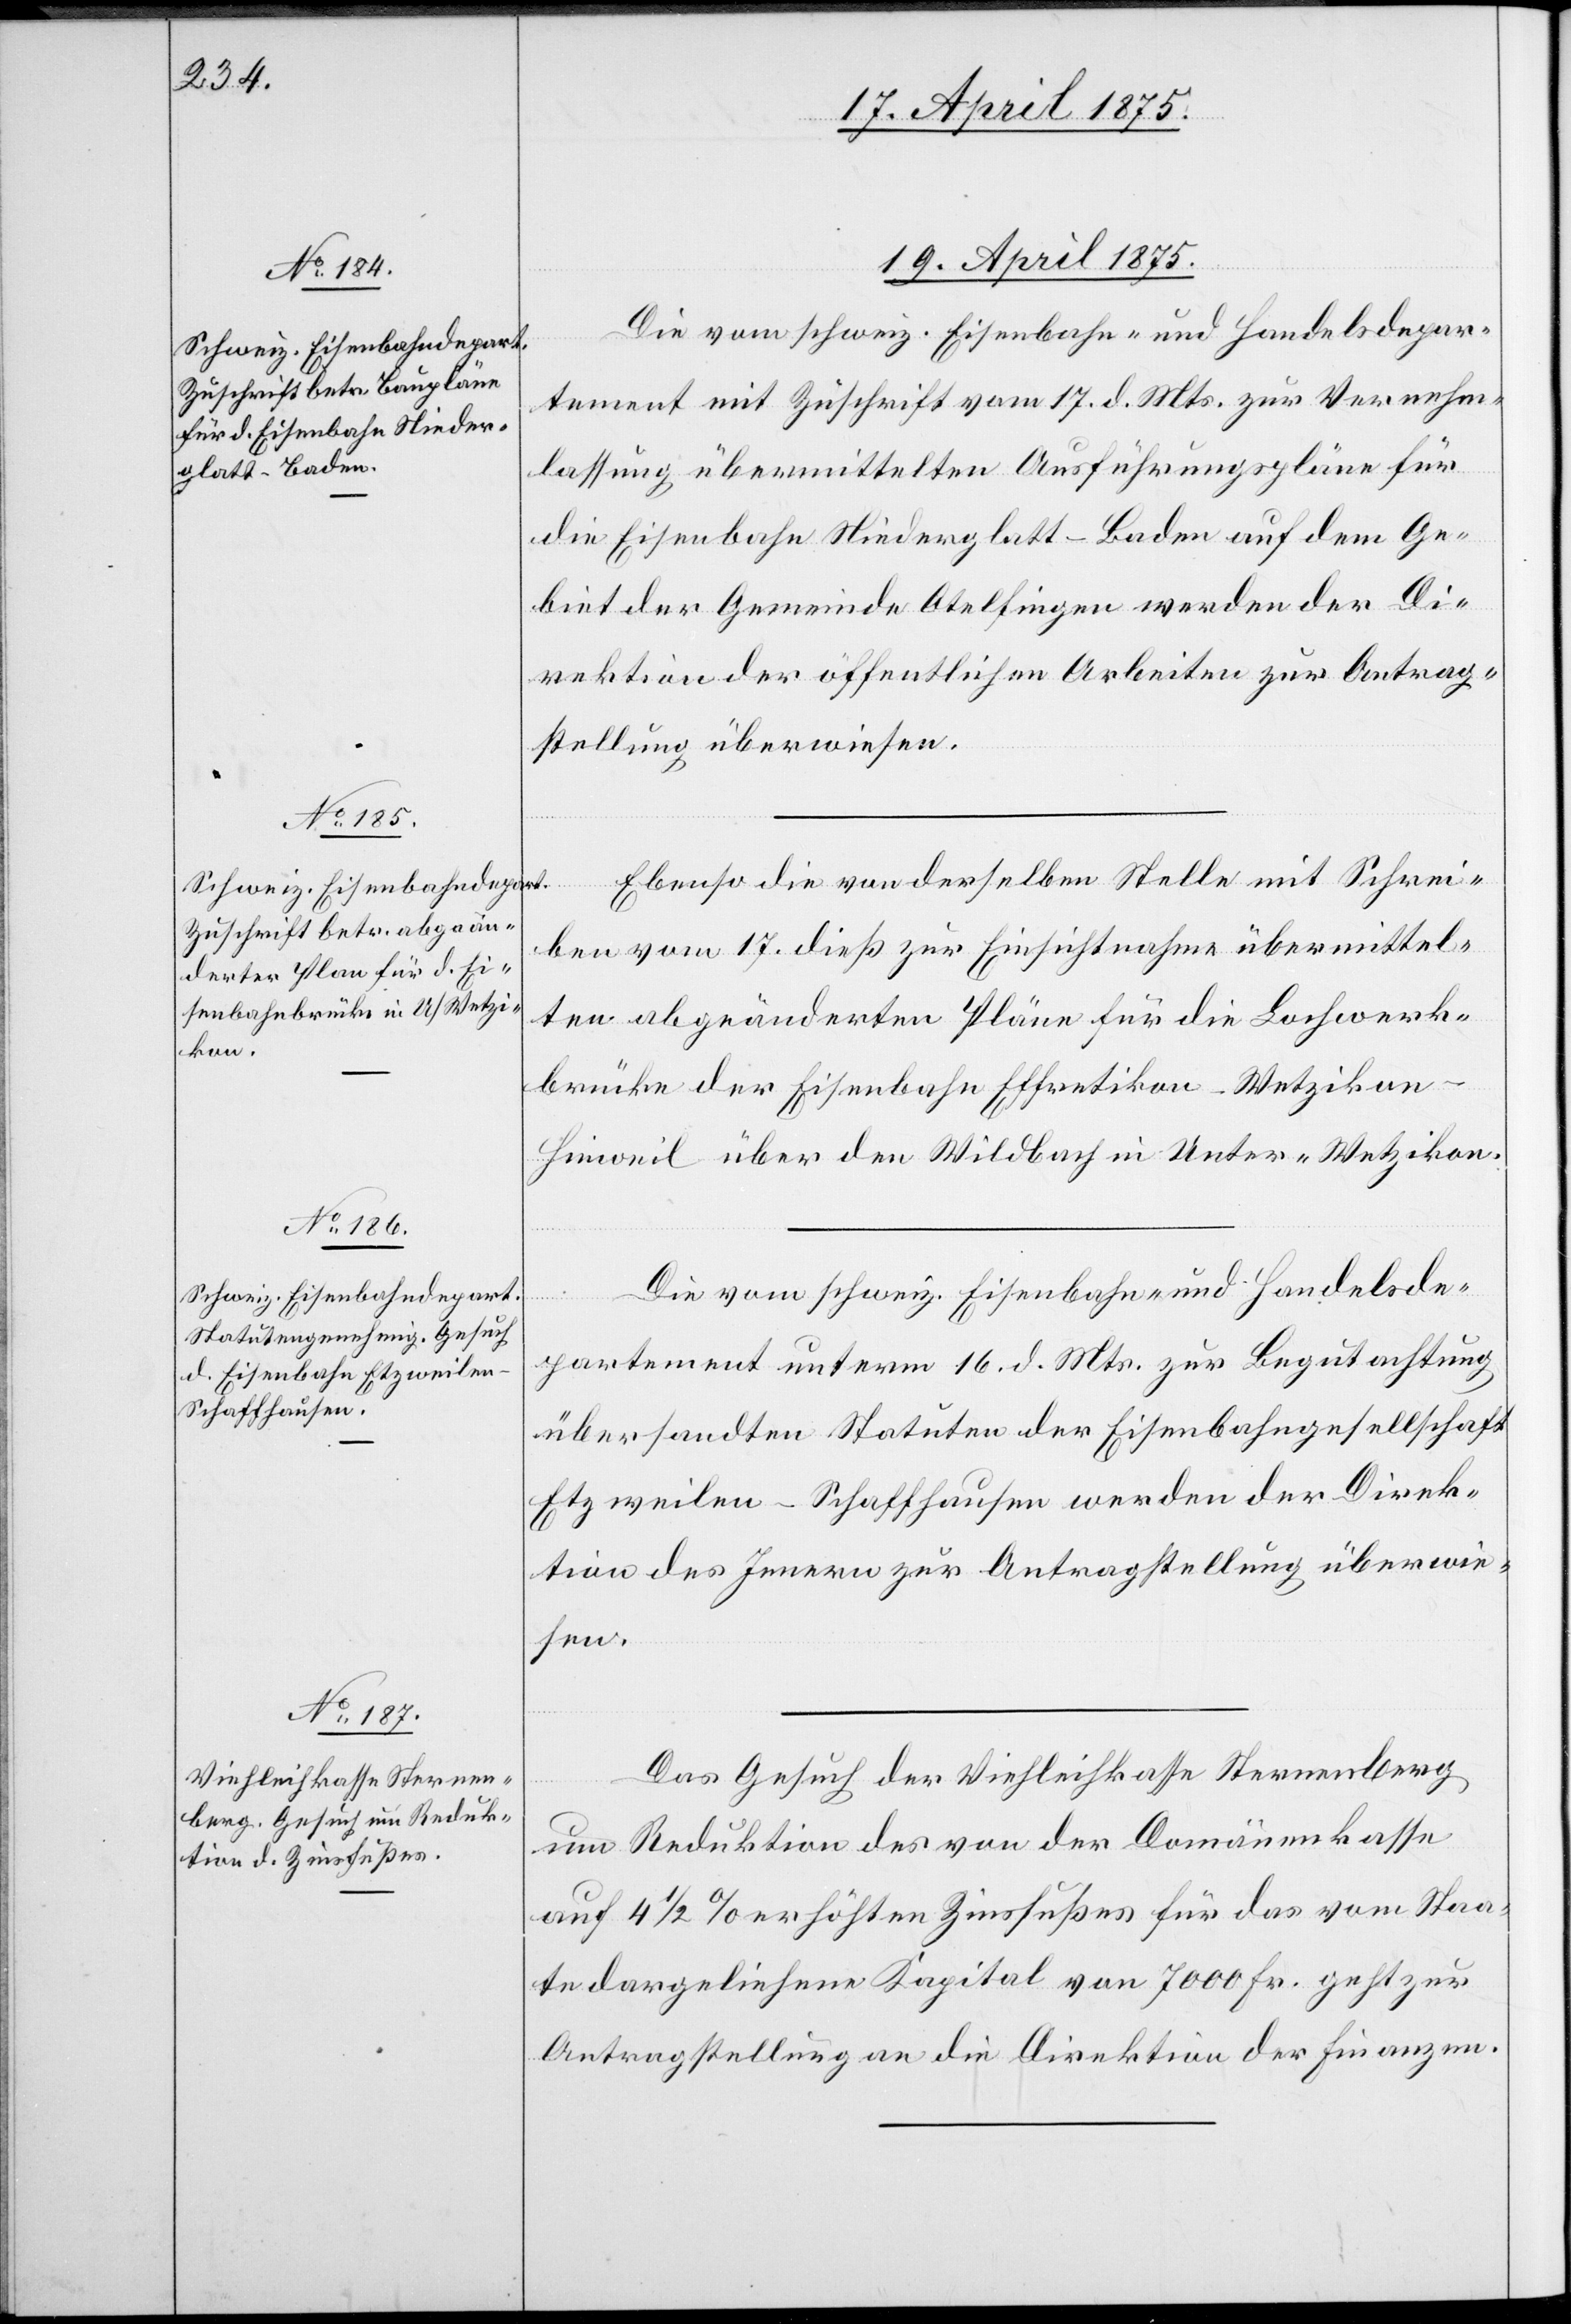
19. April 1875.]
Die vom schweiz. Eisenbahn- und Handelsdepar¬
tement mit Zuschrift vom 17. d. Mts. zur Vernehm¬
lassung übermittelten Ausführungspläne für
die Eisenbahn Niederglatt–Baden auf dem Ge¬
biet der Gemeinde Otelfingen werden der Di¬
rektion der öffentlichen Arbeiten zur Antrag¬
stellung überwiesen.
Ebenso die von derselben Stelle mit Schrei¬
ben vom 17. dieß zur Einsichtnahme übermittel¬
ten abgeänderten Pläne für die Lochwerk¬
brücke der Eisenbahn Effretikon–Wetzikon–H¬
inweil über den Wildbach in Unter-Wetzikon.
Die vom schweiz. Eisenbahn- und Handelsde¬
partement unterm 16. d. Mts. zur Begutachtung
übersandten Statuten der Eisenbahngesellschaft
Etzweilen–Schaffhausen werden der Direk¬
tion des Innern zur Antragstellung überwie¬
sen.
Das Gesuch der Viehleihkasse Sternenberg
um Reduktion des von der Domänenkasse
auf 4 1/2% erhöhten Zinsfußes für das vom Staa¬
te dargeliehene Kapital von 7000 Fr. geht zur
Antragstellung an die Direktion der Finanzen.